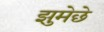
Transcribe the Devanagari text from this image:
झुमेछे